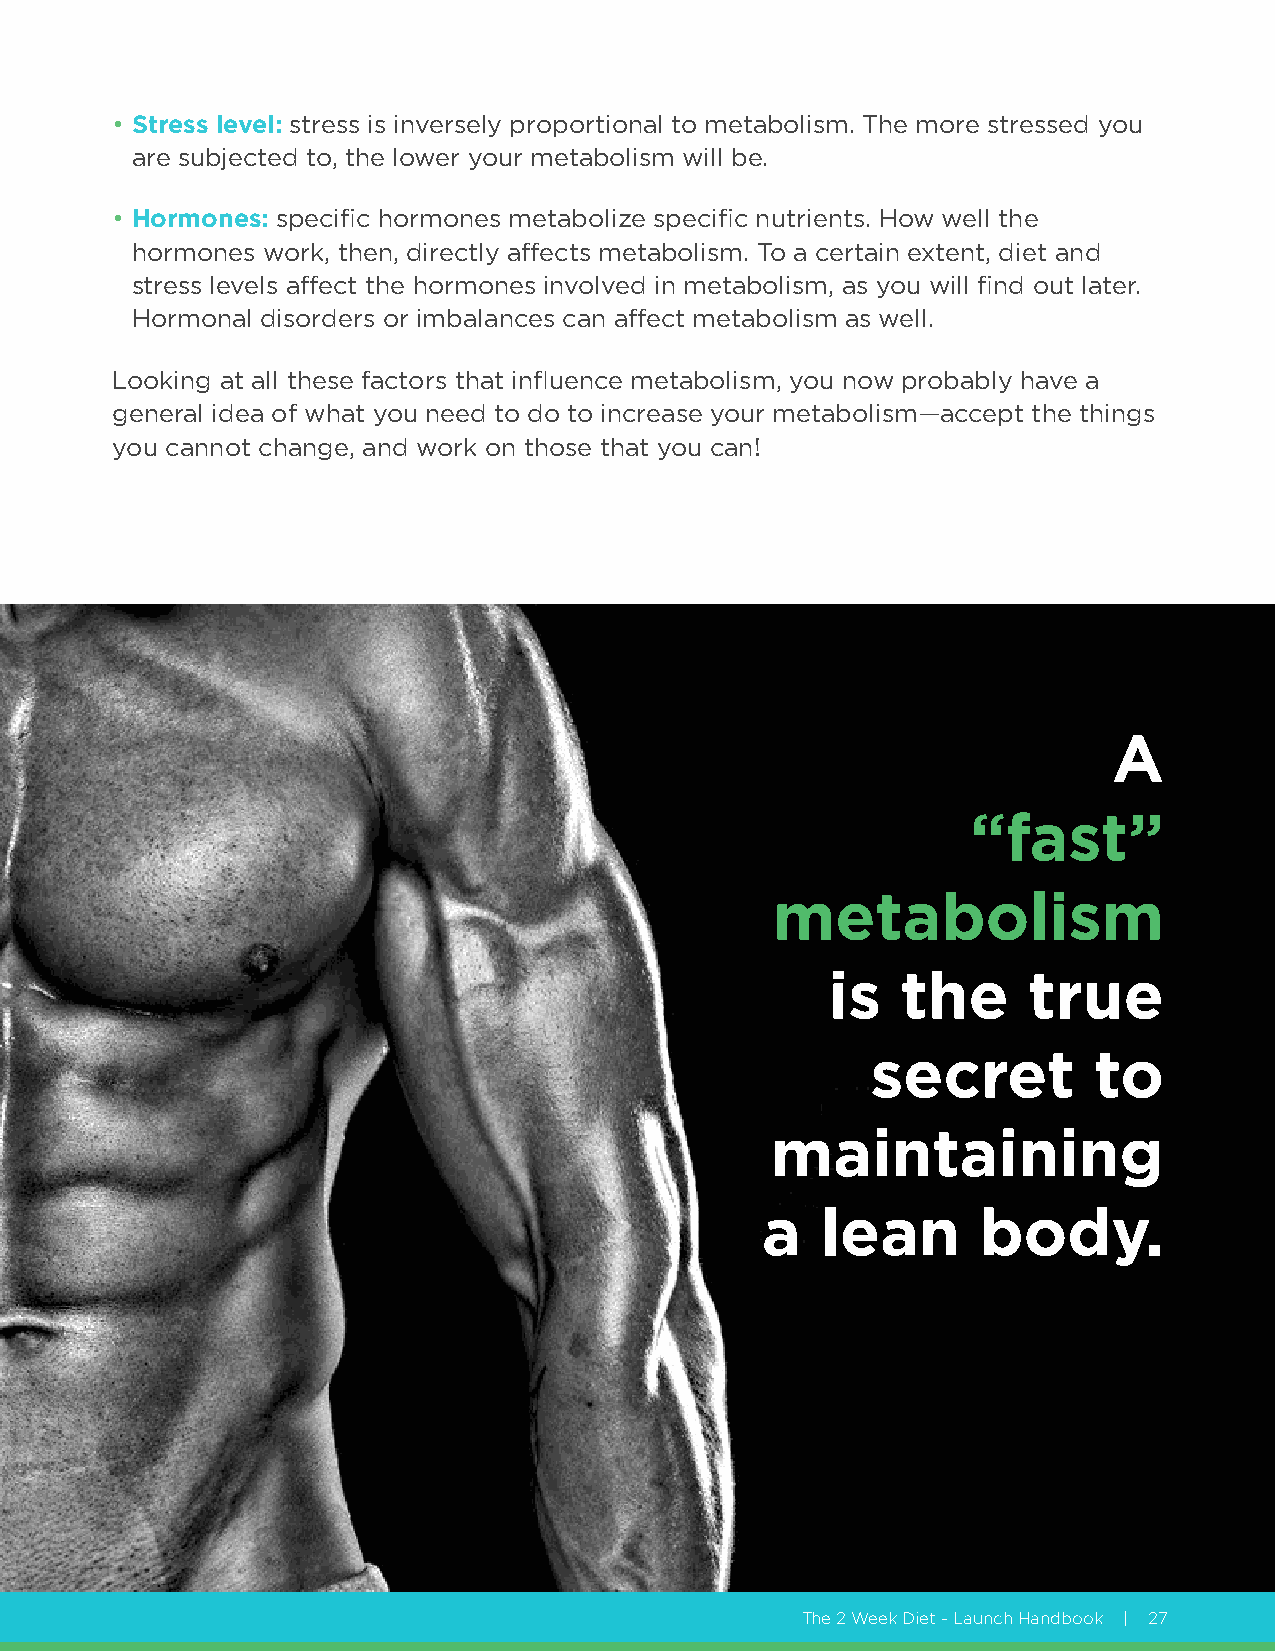
• Stress level: stress is inversely proportional to metabolism. The more stressed you
 are subjected to, the lower your metabolism will be.
 • Hormones: specific hormones metabolize specific nutrients. How well the
 hormones work, then, directly affects metabolism. To a certain extent, diet and
 stress levels affect the hormones involved in metabolism, as you will find out later.
 Hormonal disorders or imbalances can affect metabolism as well.
 Looking at all these factors that influence metabolism, you now probably have a
 general idea of what you need to do to increase your metabolism—accept the things
 you cannot change, and work on those that you can!
 A
 “fast”
 metabolism
 is   the     true
 secret        to
 maintaining
 a   lean       body.
 The 2 Week Diet - Launch Handbook | 27